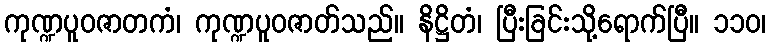
ကုဏ္ဍပူဝဇာတကံ၊ ကုဏ္ဍပူဝဇာတ်သည်။ နိဋ္ဌိတံ၊ ပြီးခြင်းသို့ရောက်ပြီ။ ၁၁၀၊